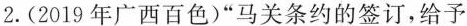
2.(2019年广西百色)”马关条约的签订，给予